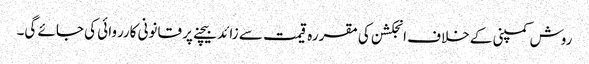
روش کمپنی کے خلاف انجکشن کی مقررہ قیمت سے زائد بیچنے پر قانونی کارروائی کی جائے گی۔